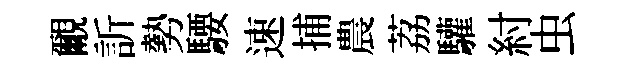
覼訢勢騕速捕農荔驩紂虫